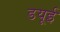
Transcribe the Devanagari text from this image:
डयूई